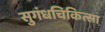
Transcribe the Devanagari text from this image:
सुगंधचिकित्सा